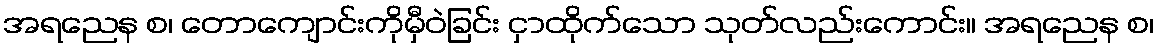
အရညေန စ၊ တောကျောင်းကိုမှီဝဲခြင်း ငှာထိုက်သော သုတ်လည်းကောင်း။ အရညေန စ၊